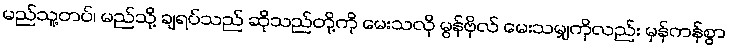
မည်သူ့တပ်၊ မည်သို့ ချရပ်သည် ဆိုသည်တို့ကို မေးသလို မွန်ဗိုလ် မေးသမျှကိုလည်း မှန်ကန်စွာ